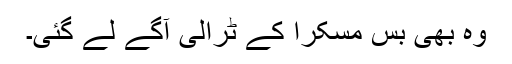
وہ بھی بس مسکرا کے ٹرالی آگے لے گئی۔